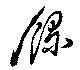
録